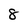
Character: 8